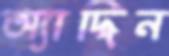
অ্যাদ্দিন